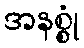
အနစ္စုံ